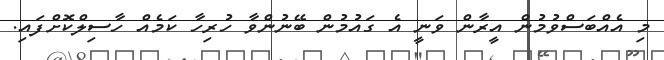
މި އެއްބަސްވުމުން އީރާން ވަނީ އެ ގައުމުން ބޭނުންވާ ހުރިހާ ކަމެއް ހާސިލްކޮށްފައި.